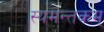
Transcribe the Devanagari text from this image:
स्यमन्तकम्